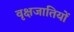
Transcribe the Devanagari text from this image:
वृक्षजातियों